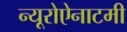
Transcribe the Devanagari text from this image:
न्यूरोऐनाटमी